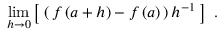
\operatorname* { l i m } _ { h \to 0 } \left[ \; \left( \, f \left( a + h \right) - f \left( a \right) \, \right) h ^ { - 1 } \; \right] ~ .